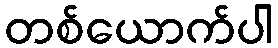
တစ်ယောက်ပါ